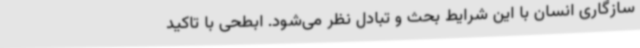
سازگاری انسان با این شرایط بحث و تبادل نظر می‌شود. ابطحی با تاکید